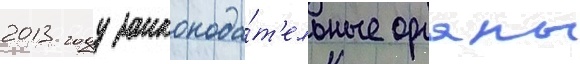
2013 году законода́т'ельные органы